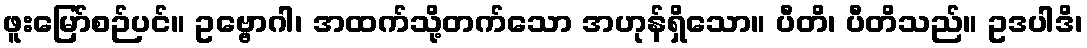
ဖူးမြော်စဉ်ပင်။ ဥဗ္ဗောဂါ၊ အထက်သို့တက်သော အဟုန်ရှိသော။ ပီတိ၊ ပီတိသည်။ ဥဒပါဒိ၊